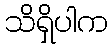
သိရှိပါက